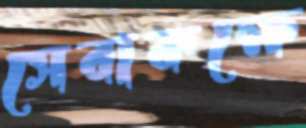
সেবাকক্ষে